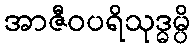
အာဇီဝပရိသုဒ္ဓမ္ပိ